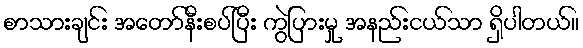
စာသားချင်း အတော်နီးစပ်ပြီး ကွဲပြားမှု အနည်းငယ်သာ ရှိပါတယ်။